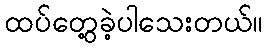
ထပ်တွေ့ခဲ့ပါသေးတယ်။